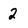
Character: 2